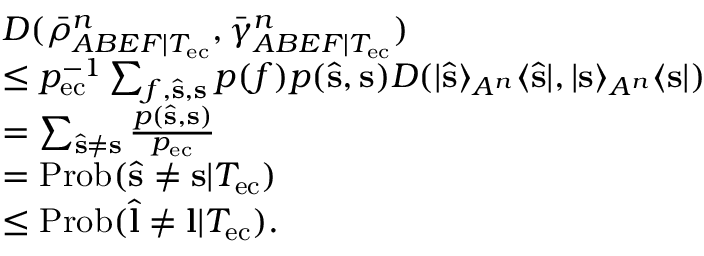
\begin{array} { r l } & { D ( \bar { \rho } _ { A B E F | T _ { \mathrm { e c } } } ^ { n } , \bar { \gamma } _ { A B E F | T _ { \mathrm { e c } } } ^ { n } ) } \\ & { \leq p _ { \mathrm { e c } } ^ { - 1 } \sum _ { f , \hat { \mathbf { s } } , \mathbf { s } } p ( f ) p ( \hat { \mathbf { s } } , \mathbf { s } ) D ( \vert \hat { \mathbf { s } } \rangle _ { A ^ { n } } \langle \hat { \mathbf { s } } \vert , \vert \mathbf { s } \rangle _ { A ^ { n } } \langle \mathbf { s } \vert ) } \\ & { = \sum _ { \hat { \mathbf { s } } \neq \mathbf { s } } \frac { p ( \hat { \mathbf { s } } , \mathbf { s } ) } { p _ { \mathrm { e c } } } } \\ & { = \mathrm { P r o b } ( \hat { \mathbf { s } } \neq \mathbf { s } | T _ { \mathrm { e c } } ) } \\ & { \leq \mathrm { P r o b } ( \hat { \mathbf { l } } \neq \mathbf { l } | T _ { \mathrm { e c } } ) . } \end{array}